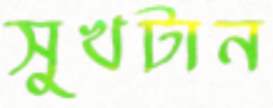
সুখটান